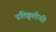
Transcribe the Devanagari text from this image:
प्रतिक्रूतीची